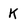
Character: K